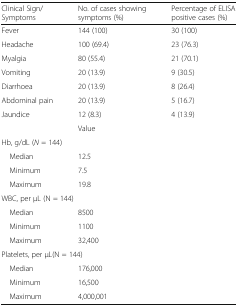
| Clinical Sign/Symptoms | No. of cases showing symptoms (%) | Percentage of ELISA positive cases (%) |
 | --- | --- | --- |
 | Fever | 144 (100) | 30 (100) |
 | Headache | 100 (69.4) | 23 (76.3) |
 | Myalgia | 80 (55.4) | 21 (70.1) |
 | Vomiting | 20 (13.9) | 9 (30.5) |
 | Diarrhoea | 20 (13.9) | 8 (26.4) |
 | Abdominal pain | 20 (13.9) | 5 (16.7) |
 | Jaundice | 12 (8.3) | 4 (13.9) |
 |  | <COLSPAN=2> Value |
 | <COLSPAN=3> Hb, g/dL (N = 144) |
 | Median | <COLSPAN=2> 12.5 |
 | Minimum | <COLSPAN=2> 7.5 |
 | Maximum | <COLSPAN=2> 19.8 |
 | <COLSPAN=3> WBC, per μL (N = 144) |
 | Median | <COLSPAN=2> 8500 |
 | Minimum | <COLSPAN=2> 1100 |
 | Maximum | <COLSPAN=2> 32,400 |
 | <COLSPAN=3> Platelets, per μL(N = 144) |
 | Median | <COLSPAN=2> 176,000 |
 | Minimum | <COLSPAN=2> 16,500 |
 | Maximum | <COLSPAN=2> 4,000,001 |